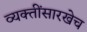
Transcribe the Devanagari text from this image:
व्यक्तींसारखेच